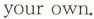
your own.